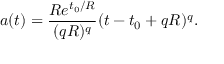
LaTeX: a ( t ) = \frac { R e ^ { t _ { 0 } / R } } { ( q R ) ^ { q } } ( t - t _ { 0 } + q R ) ^ { q } .